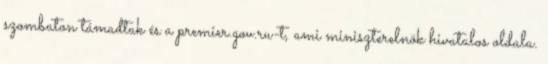
szombaton támadtak és a premier.gov.ru-t, ami miniszterelnök hivatalos oldala.